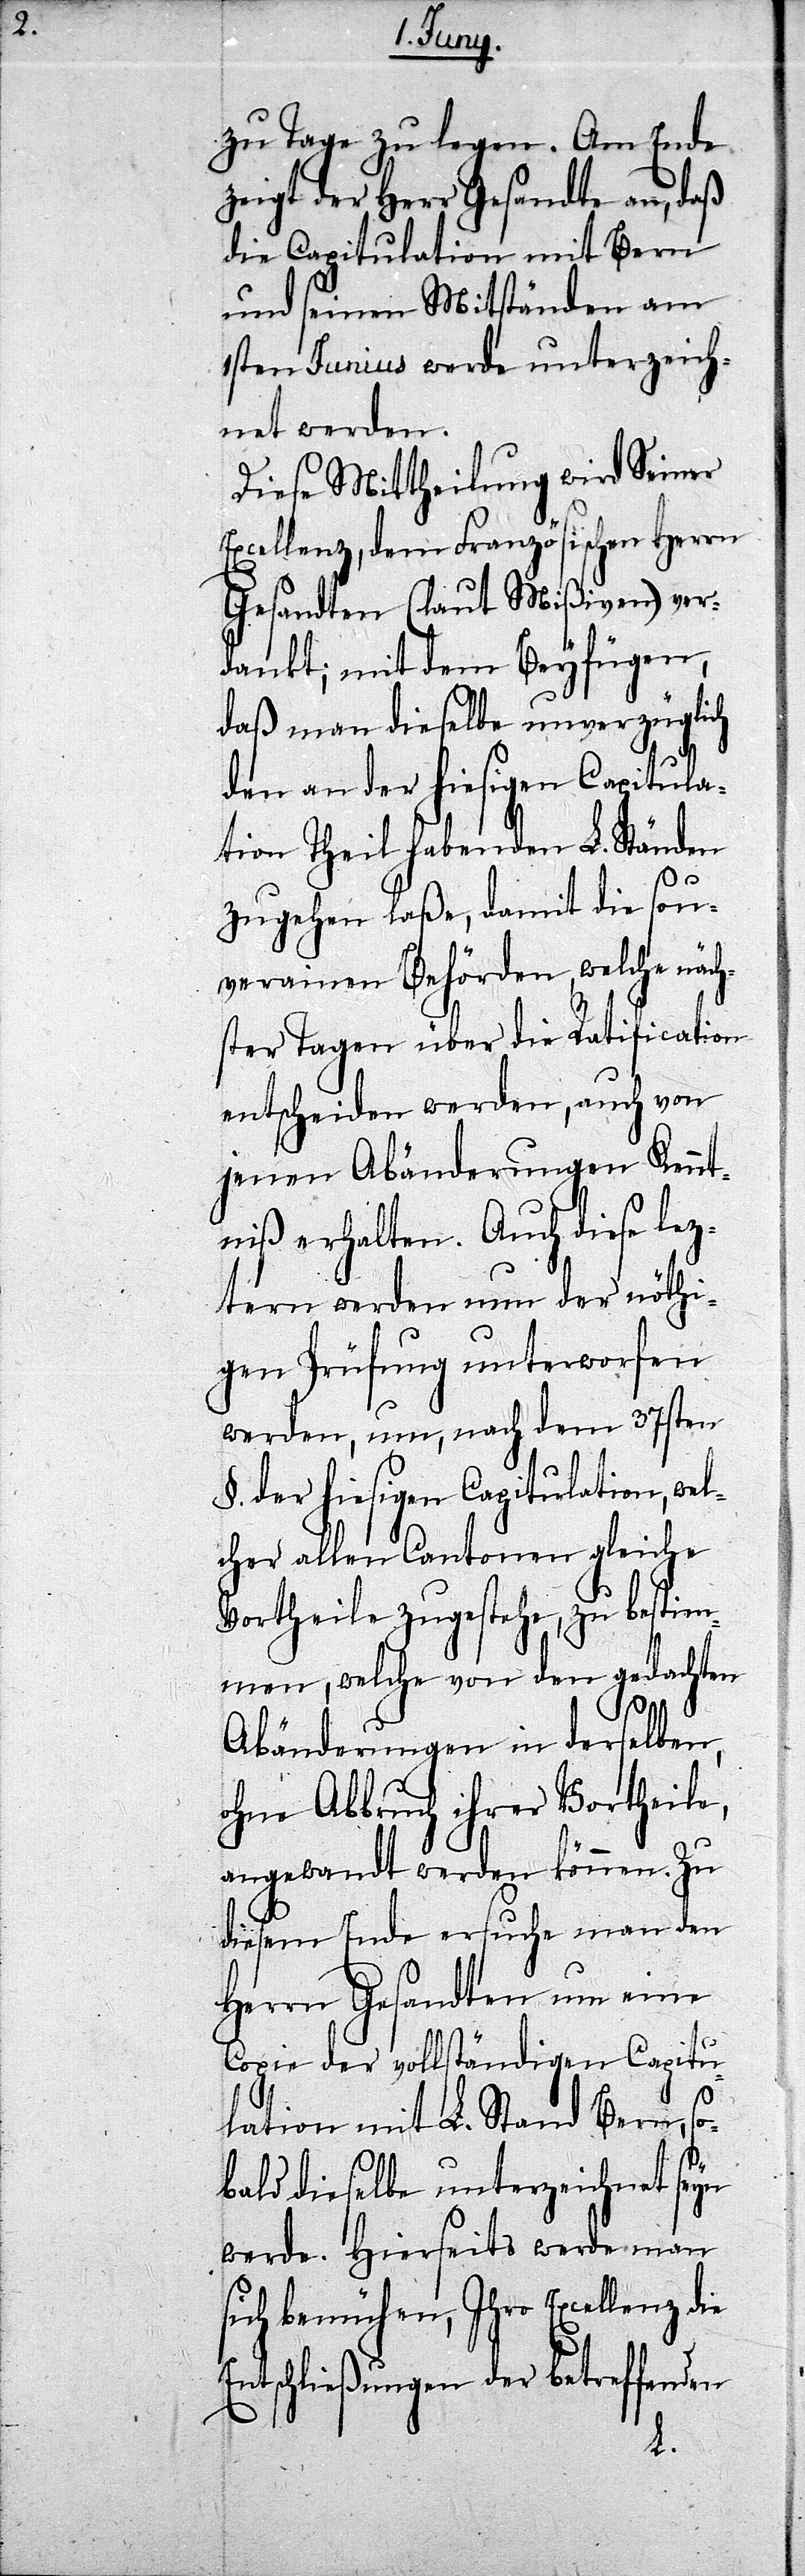
zu Tage zu legen. Am Ende
zeigt der Herr Gesandte an, daß
die Capitulation mit Bern
und seinen Mitständen am
1sten Junius werde unterzeich¬
net werden.
Diese Mittheilung wird Seiner
Excellenz, dem Französischen Herrn
Gesandten (laut Mißiven) ver¬
dankt; mit dem Beyfügen,
daß man dieselbe unverzüglich
den an der hiesigen Capitula¬
tion Theil habenden L. Ständen
zugehen laße, damit die sou¬
verainen Behörden, welche näch¬
ster Tagen über die Ratification
entscheiden werden, auch von
jenen Abänderungen Kennt¬
niß erhalten. Auch diese lez¬
tern werden nun der nöth¬
igen Prüfung unterworfen
werden, um, nach dem 37sten
§. der hiesigen Capitulation, wel¬
cher allen Cantonen gleiche
Vortheile zugestehe, zu bestim¬
men, welche von den gedachten
Abänderungen in derselben,
ohne Abbruch ihrer Vortheile,
angewandt werden können. Zu
diesem Ende ersuche man den
Herrn Gesandten um eine
Copie der vollständigen Capitu¬
lation mit L. Stand Bern, so¬
bald dieselbe unterzeichnet seyn
werde. Hierseits werde man
sich bemühen, Ihro Excellenz
Entschließungen der betreffenden